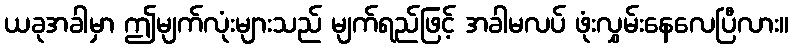
ယခုအခါမှာ ဤမျက်လုံးများသည် မျက်ရည်ဖြင့် အခါမလပ် ဖုံးလွှမ်းနေလေပြီလား။